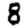
Digit: 8